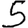
Digit: 5